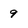
Character: 9